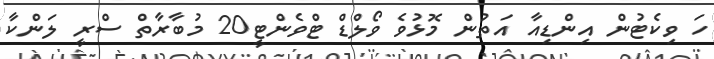
ހަ ވިކެޓުން އިންޑިއާ އަތުން މޮޅުވެ ވޯލްޑް ޓްވެންޓީ20 މުބާރާތް ސްރީ ލަންކާ